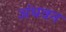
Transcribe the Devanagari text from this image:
अंधवन